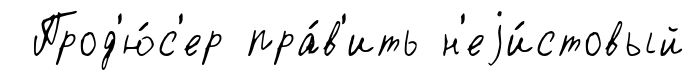
Прод'ю́с'ер пра́в'ить н'еjи́стовый